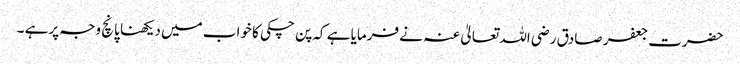
حضرت جعفر صادق رضی اللہ تعالیٰ عنہ نے فرمایا ہے کہ پن چکی کا خواب میں دیکھنا پانچ وجہ پرہے ۔